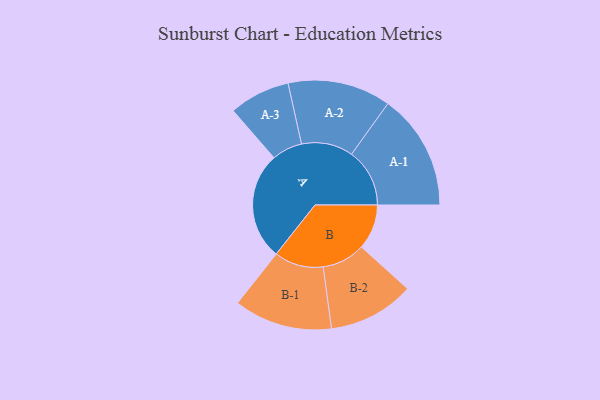
{"axis": {"x": "Segment", "y": "Value"}, "legend": ["", "A", "B"], "data": [{"x": "A", "y": 495, "type": ""}, {"x": "B", "y": 207, "type": ""}, {"x": "A-1", "y": 267, "type": "A"}, {"x": "A-2", "y": 237, "type": "A"}, {"x": "A-3", "y": 140, "type": "A"}, {"x": "B-1", "y": 226, "type": "B"}, {"x": "B-2", "y": 198, "type": "B"}]}